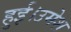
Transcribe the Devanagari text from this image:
हुई।उमेश